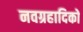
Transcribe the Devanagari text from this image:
नवग्रहादिकों